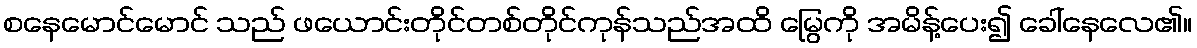
စနေမောင်မောင် သည် ဖယောင်းတိုင်တစ်တိုင်ကုန်သည်အထိ မြွေကို အမိန့်ပေး၍ ခေါ်နေလေ၏။